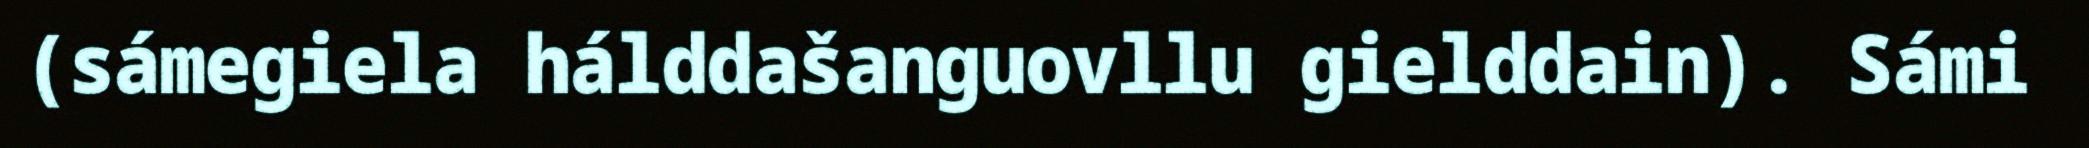
(sámegiela hálddašanguovllu gielddain). Sámi